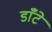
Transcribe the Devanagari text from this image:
डाँटे